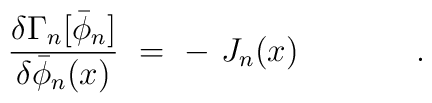
{\delta \Gamma_n [\bar\phi_n]\over \delta \bar\phi_n (x)}\ =\ -\ J_n(x)\hspace{1.5cm} .\hspace{0.5cm}\\